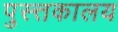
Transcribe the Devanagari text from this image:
पुस्त्तकालय